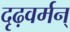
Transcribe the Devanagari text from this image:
दृढ़वर्मन्